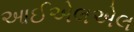
આઈએલએલ